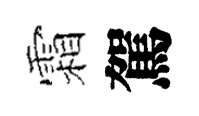
霜駕